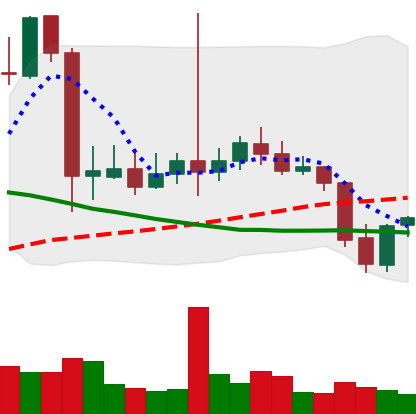
Ticker: LTC-USD
Chart end date: 2021-09-23
Forward return: -14.175%
Label: down_7plus